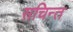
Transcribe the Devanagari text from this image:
सचिन्त